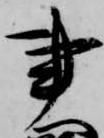
事